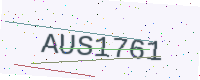
Text: AUS1761